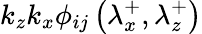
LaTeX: k_{z}k_{x}\phi_{ij}\left(\lambda_{x}^{+},\lambda_{z}^{+}\right)